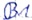
Text: B1